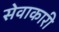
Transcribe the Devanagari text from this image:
सेवाकारी